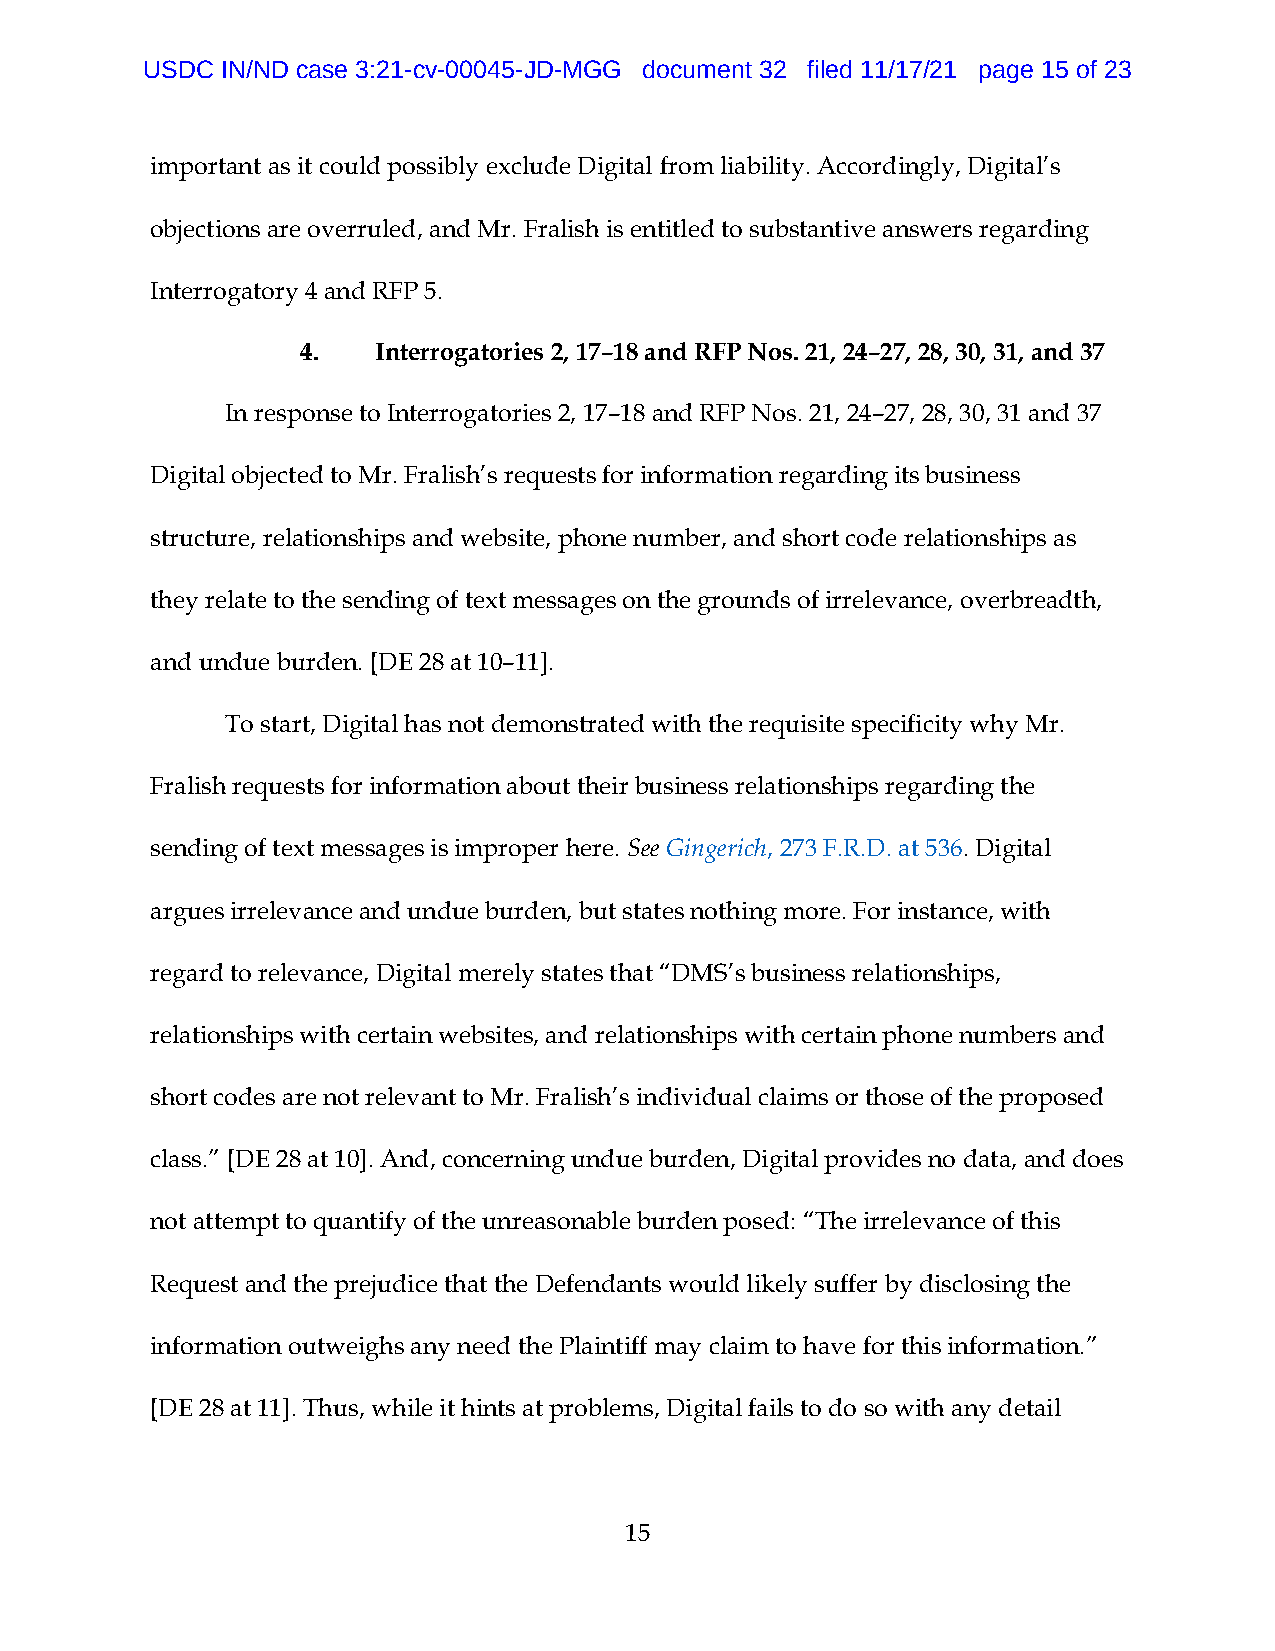
USDC  IN/ND case 3:21-cv-00045-JD-MGG document 32 filed 11/17/21 page 15 of 23
 important as it could possibly exclude Digital from liability. Accordingly, Digital’s
 objections are overruled, and Mr. Fralish is entitled to substantive answers regarding
 Interrogatory 4 and RFP 5.
 4.   Interrogatories 2, 17–18 and RFP Nos. 21, 24–27, 28, 30, 31, and 37
 In response to Interrogatories 2, 17–18 and RFP Nos. 21, 24–27, 28, 30, 31 and 37
 Digital objected to Mr. Fralish’s requests for information regarding its business
 structure, relationships and website, phone number, and short code relationships as
 they relate to the sending of text messages on the grounds of irrelevance, overbreadth,
 and undue burden. [DE 28 at 10–11].
 To start, Digital has not demonstrated with the requisite specificity why Mr.
 Fralish requests for information about their business relationships regarding the
 sending of text messages is improper here. See Gingerich, 273 F.R.D. at 536. Digital
 argues irrelevance and undue burden, but states nothing more. For instance, with
 regard to relevance, Digital merely states that “DMS’s business relationships,
 relationships with certain websites, and relationships with certain phone numbers and
 short codes are not relevant to Mr. Fralish’s individual claims or those of the proposed
 class.” [DE 28 at 10]. And, concerning undue burden, Digital provides no data, and does
 not attempt to quantify of the unreasonable burden posed: “The irrelevance of this
 Request and the prejudice that the Defendants would likely suffer by disclosing the
 information outweighs any need the Plaintiff may claim to have for this information.”
 [DE 28 at 11]. Thus, while it hints at problems, Digital fails to do so with any detail
 15